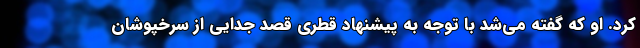
کرد. او که گفته می‌شد با توجه به پیشنهاد قطری قصد جدایی از سرخپوشان